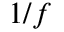
1 / f